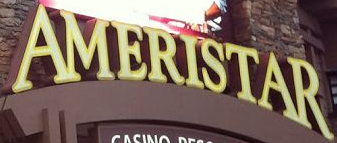
AMERISTAR